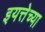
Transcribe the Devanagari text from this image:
इयत्तेच्या